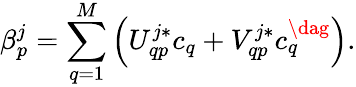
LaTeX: \beta_{p}^{j}=\sum_{q=1}^{M}\left(U_{qp}^{j*}c_{q}+V_{qp}^{j*}c_{q}^{\dag}\right).